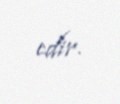
edir.